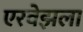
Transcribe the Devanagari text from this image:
एरवेझला